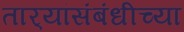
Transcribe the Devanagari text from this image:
तार्‍यांसंबंधीच्या